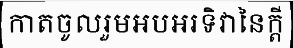
កាតចូលរួមអបអរទិវានៃក្តី